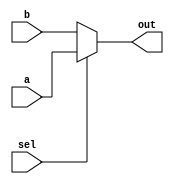
module top_module (
    input sel,
    input [7:0] a,
    input [7:0] b,
    output [7:0] out );
	
    assign out = sel ? a : b;

    // assign out = ({8{sel}} & a) | (~{8{sel}} & b);   //Difficult to read

endmodule